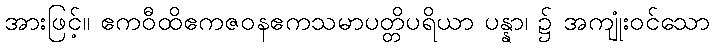
အားဖြင့်။ ဧကဝီထိဧကဇဝနဧကသမာပတ္တိပရိယာ ပန္နာ၊ ၌ အကျုံးဝင်သော